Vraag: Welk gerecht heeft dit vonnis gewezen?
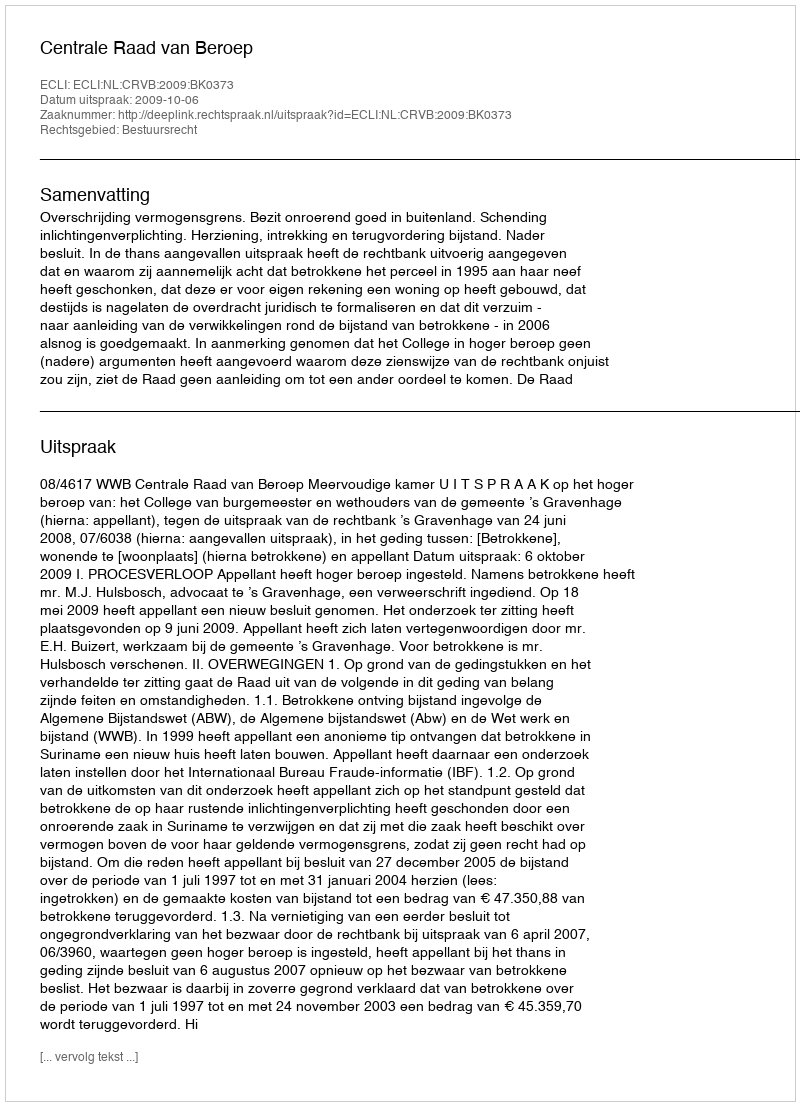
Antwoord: Centrale Raad van Beroep